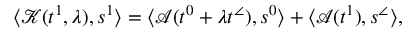
\langle \mathcal { K } ( t ^ { 1 } , \lambda ) , s ^ { 1 } \rangle = \langle \mathcal { A } ( t ^ { 0 } + \lambda t ^ { \angle } ) , s ^ { 0 } \rangle + \langle \mathcal { A } ( t ^ { 1 } ) , s ^ { \angle } \rangle ,